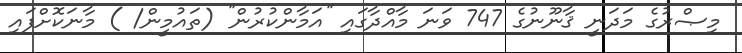
މިޞްރުގެ މަދަނީ ޤާނޫނުގެ 747 ވަނަ މާއްދާގައި ''އަމާންކުރުން'' (ތައުމީން/ ) މާނަކޮށްފައި